Leaving Certificate Examination, 1914
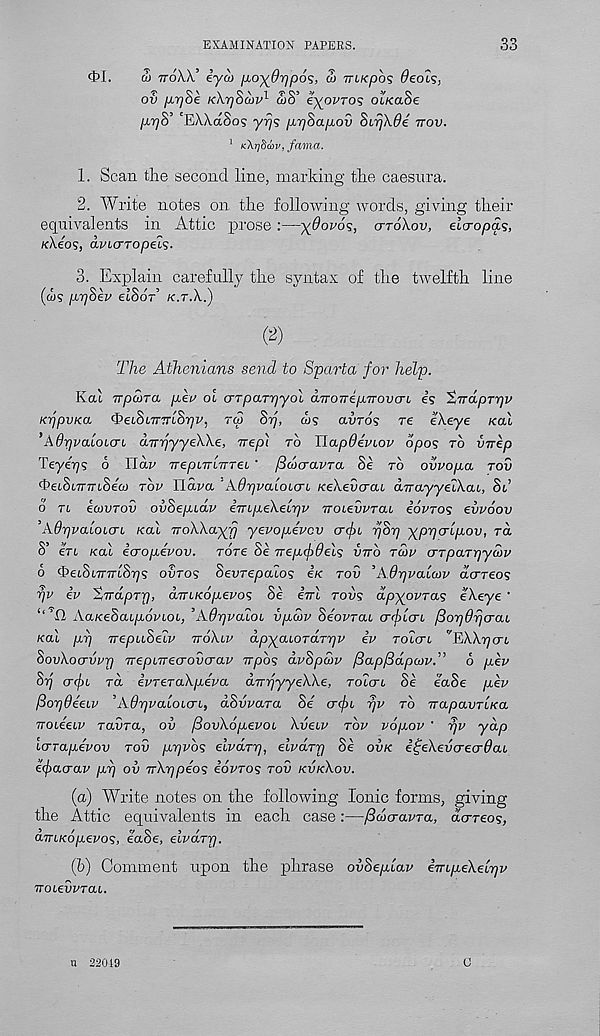
EXAMINATION PAPERS.
33
4>I.
w ttoA.X’ lyu) fioy9r)p6s, 2> viKpos deots,
ov fiTjoe Kkrjoajv 1 ojo eyovros OLKaoe
pyjS’ 'EWaSos yrjs pr/Sapov SvrjXde ttov.
1 KXrjSav, fama.
1. Scan the second line, marking the caesura.
2. Write notes on the following words, giving their
equivalents in Attic prose :—yOovos, crroXov, elcropS.s,
KXeos, avicnopels-
3. Explain carefully the syntax of the twelfth line
(d)5 ppSev etSdr’ k.t.X.)
(2)
The Athenians send to Sparta for help.
Kcu irpdna per oi cttpaTr/yol diTOTrepTrovcri. es ’tvdprpp
KTjpvKa ‘t’etSiTTTtSii^, rf) Sp, <us avros re ekeye koI
’A6rjva.loi<ji drrrjyyeWe, nep] to Hapdeviov dpos to vnep
Teyerjs o Udv TrepnrLTTTei ' /Sanravra 8e to ovvopa rov
c t ) et8(,7r77tSe&) rov Hava ’Adr/vaLOLCTL KeXevcraL aTrayyelXai, Si’
o ri iaivrov ovSepidv empeXeipv noievvrai iovros evvoov
’AO-qvaioicri Kal rroXXayp yevopevcv crcjyi pSp yppcrlpov, rd
S’ eri Kal icropevov. rare Se Trepf>6el<; vtto tcov crTparpycov
6 QeiSimrlSps ovros Sevrepaios e«: rov ’Adpvalcov dcrreo 1 ;
pv iv Stirdpry, diriKopevo^ Se errl rov<; dpyovra^ eXeye '
‘‘ ’ll AaKeSaipovioi, ’AOpvaioi vpcov Seovrai (r<f>icri /SopOpaai
Kal pp TrepuSeiv ttoXiv dpyaioTdrpv iv Totcrt v EXXpcri
SovXoervvp rrepirrecrovcrav Typos dvSpwv fiap/Sdpcov.” 6 pev
Sp <T(f>i rd ivreraXpeva dvrjyyeXXe, roicri Se eaSe pev
ftopdeeiv 'Adpvaloicri, dSvvara Se a(f>i pv to TrapavriKa
Troieeiv ravra, ov fiovXopevoi Xveiv rov vopov ' pv ydp
Icrrapevov rov ppvbs eivdrp, elvdrp Se ovk i^eXevcreo-6ai
i(j)acrav pp ov TrXppeos eovros rov kvkXov.
(a) Write notes on the following Ionic forms, giving
the Attic equivalents in each case:—fido-avra, derreos,
dviKopevos, eaSe, elvdrp.
(b) Comment upon the phrase ovSeplav ivipeXeipv
Troievvrai.
u 22019
G